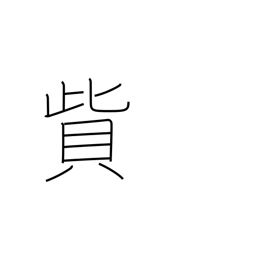
Meaning: pay a fine